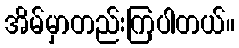
အိမ်မှာတည်းကြပါတယ်။